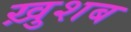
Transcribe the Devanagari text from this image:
ख़ुशब